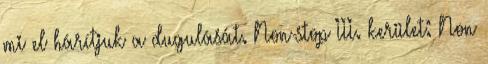
mi el hárítjuk a dugulását. Non-stop III. kerület: Non